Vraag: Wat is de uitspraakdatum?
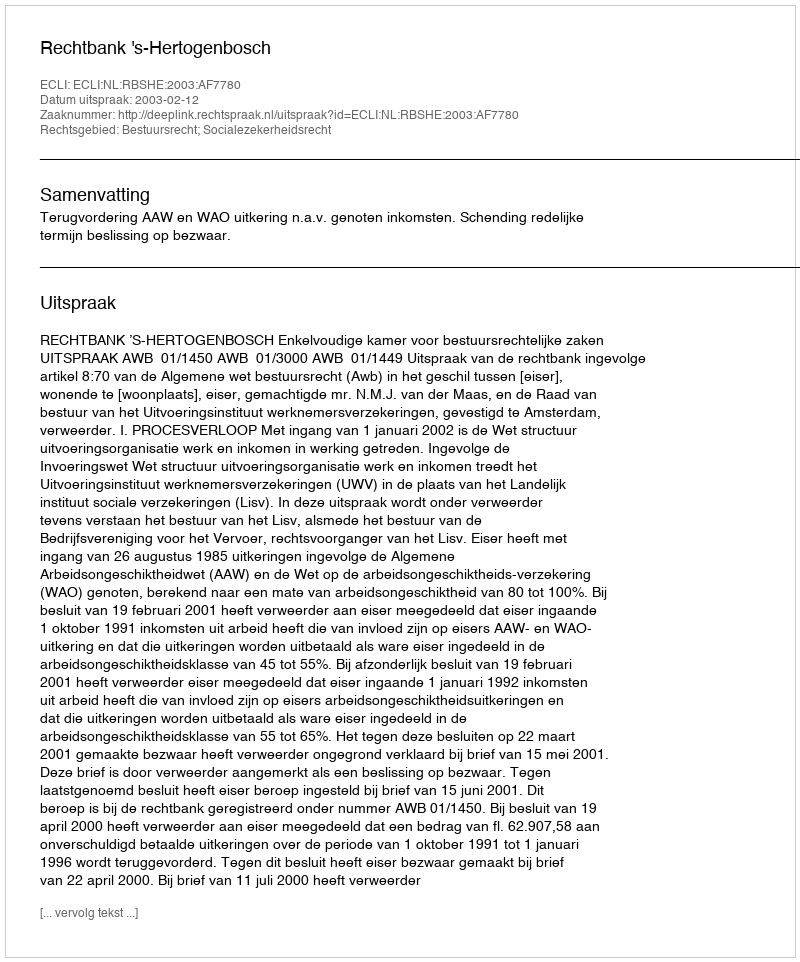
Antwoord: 2003-02-12